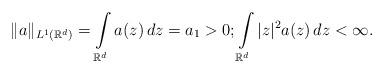
LaTeX: \begin{align*}\| a \|_{L^1(\mathbb R^d)} = \int\limits_{\mathbb R^d} a(z) \, dz = a_1 >0; \int\limits_{\mathbb R^d} |z|^2 a(z) \, dz < \infty.\end{align*}